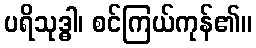
ပရိသုဒ္ဓါ၊ စင်ကြယ်ကုန်၏။